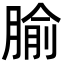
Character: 腧